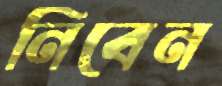
নিবেন